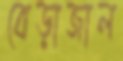
বেড়াজাল